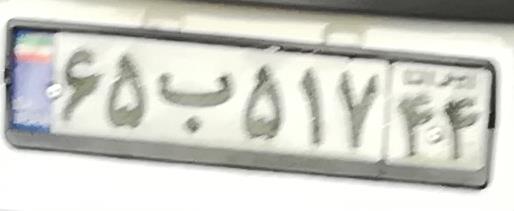
۶۵ب۵۱۷۴۴